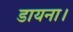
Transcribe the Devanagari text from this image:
डायना।